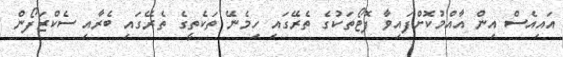
އައިއެސް އިން އާއްމުކޮށްފައިވާ ފޮޓޯތަކުގެ ތެރޭގައި ހިމެނޭ ތަކެތީގެ ތެރޭގައި ބެރާއި ސެކްޒަފޯން